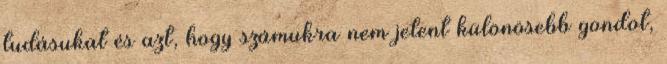
tudásukat és azt, hogy számukra nem jelent különösebb gondot,